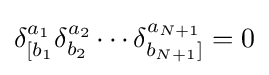
\delta _{[b_{1}}^{a_{1}}\delta _{b_{2}}^{a_{2}}\cdots \delta _{b_{N+1}]}^{a_{N+1}}=0